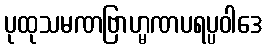
ပုထုသမဏဗြာဟ္မဏပရပ္ပဝါဒေ